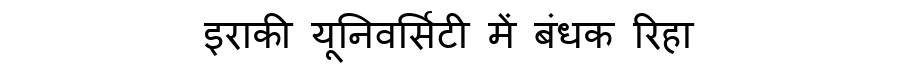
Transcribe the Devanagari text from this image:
इराकी यूनिवर्सिटी में बंधक रिहा